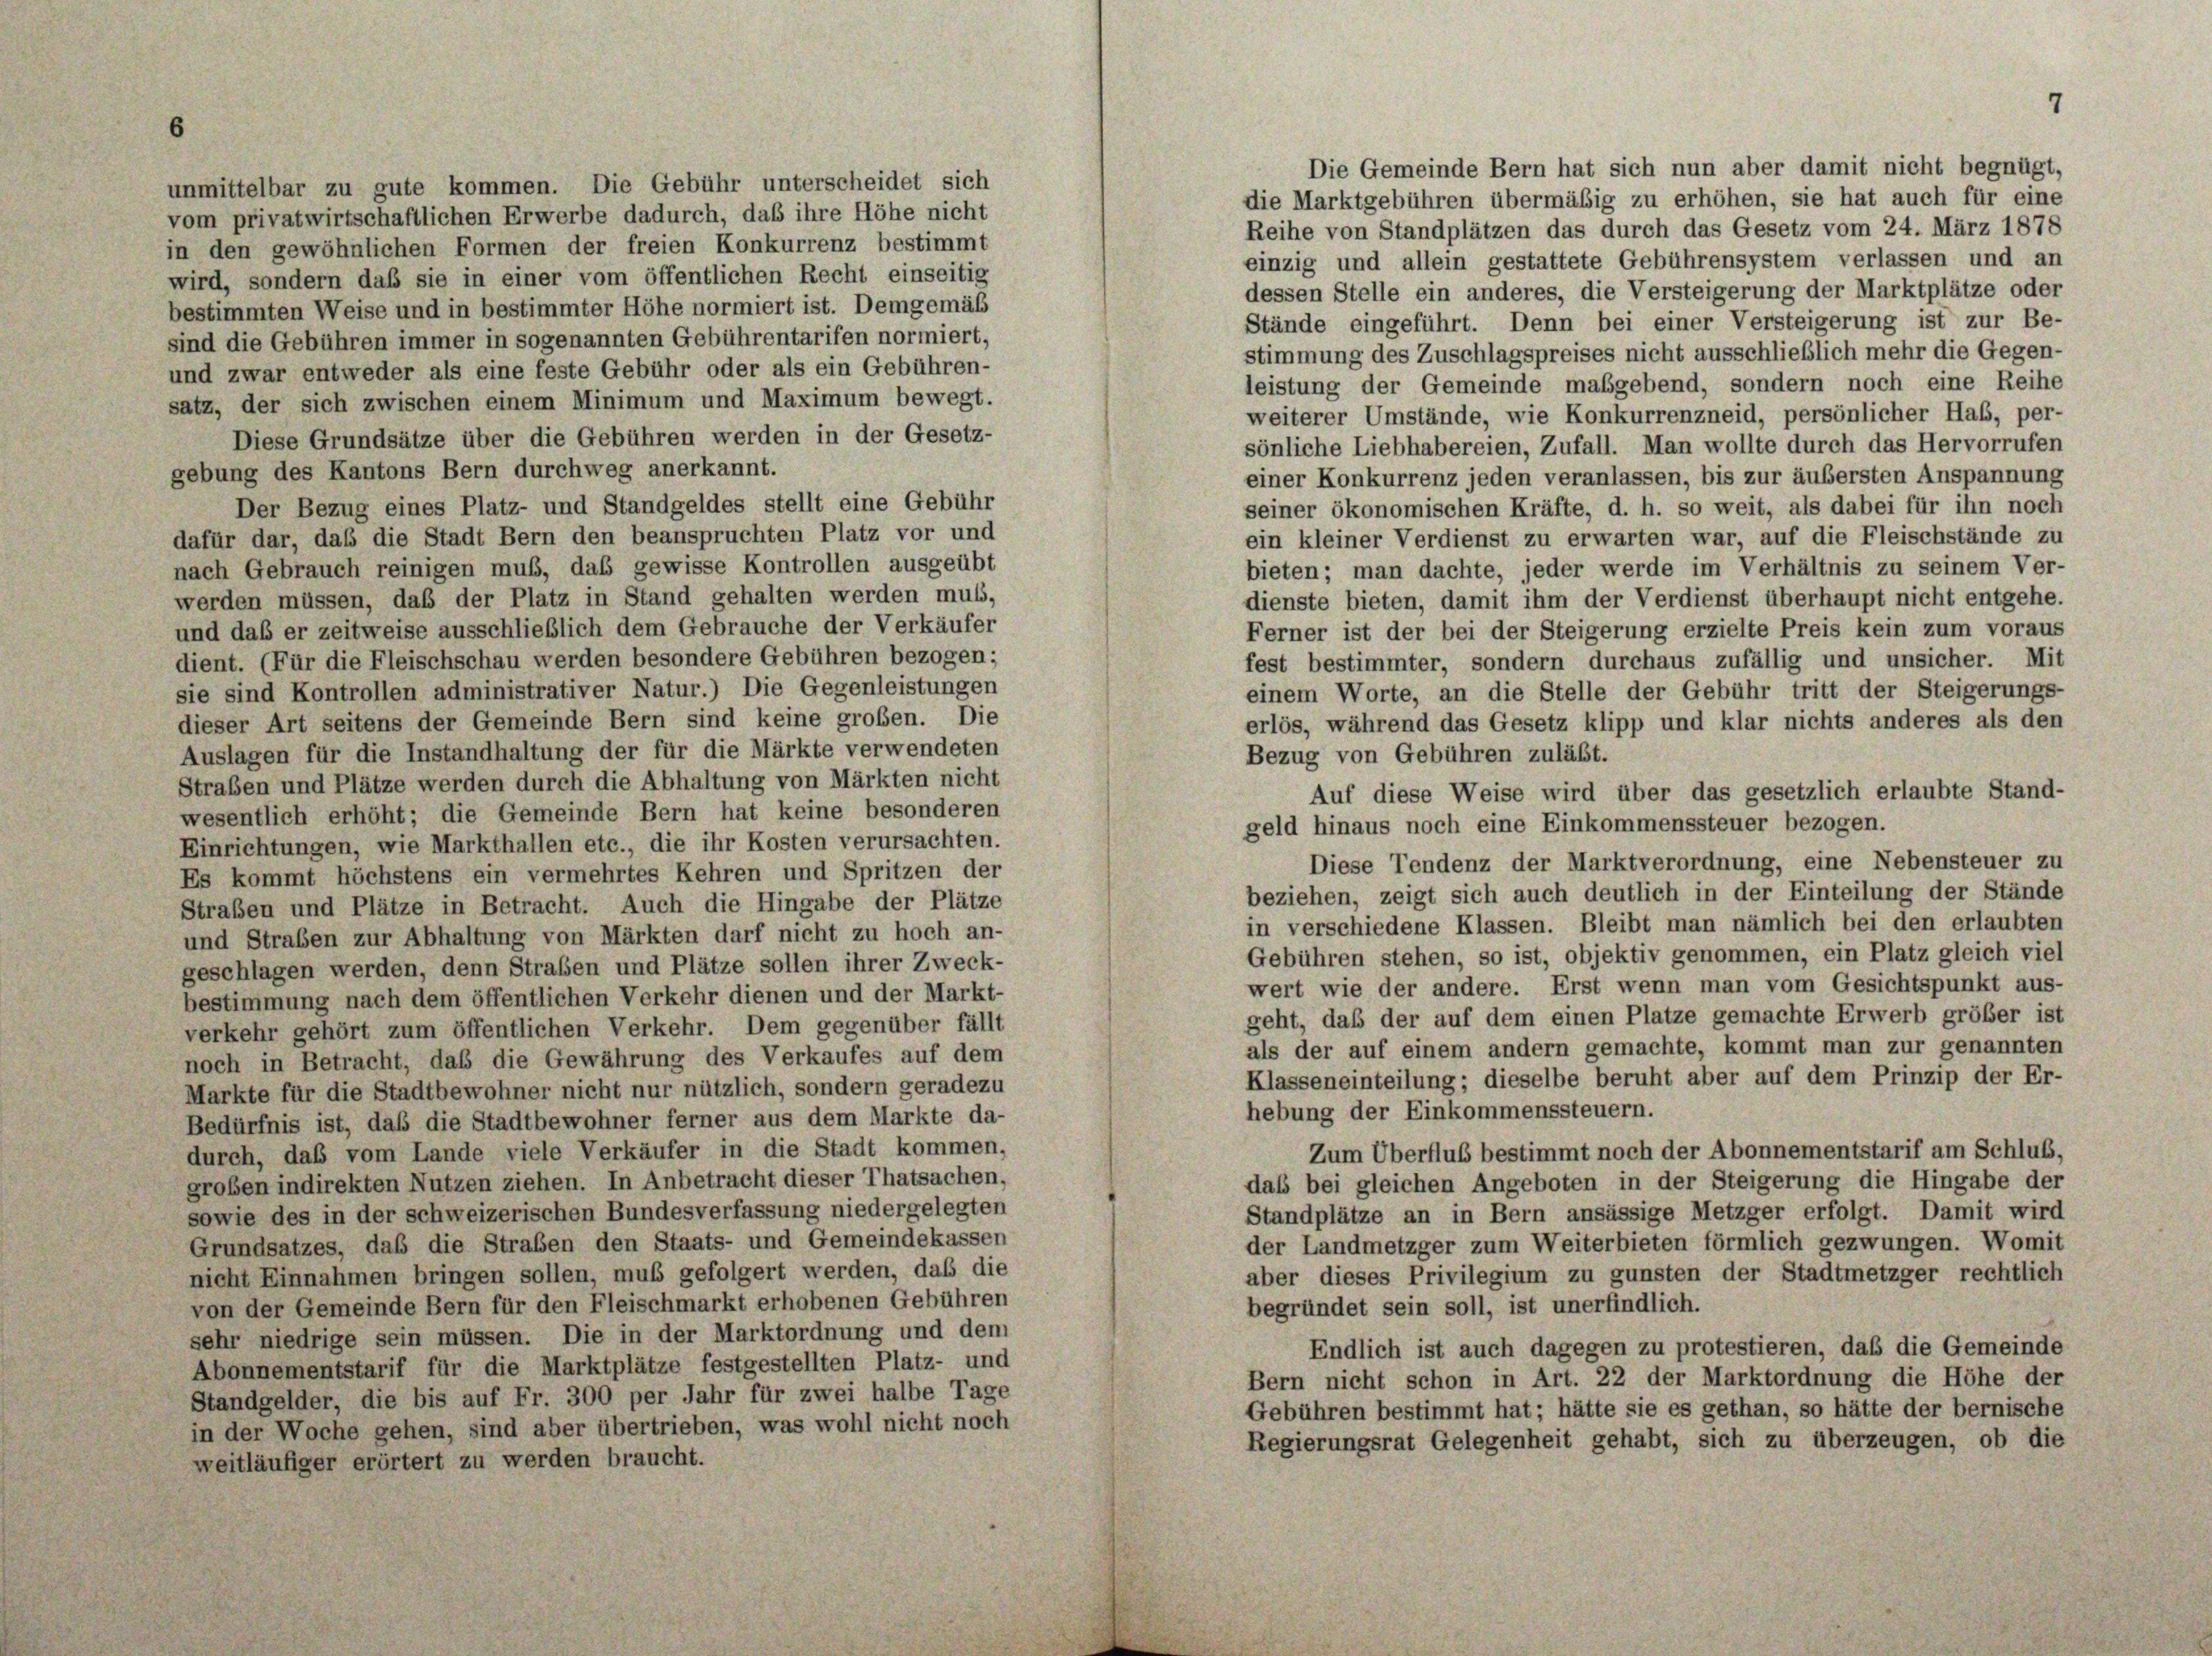
Die Gemeinde Bern hat sich nun aber damit nicht begnügt,
unmittelbar zu gute kommen. Die Gebühr unterscheidet sich
die Marktgebühren übermäßig zu erhöhen, sie hat auch für eine
vom privatwirtschaftlichen Erwerbe dadurch, daß ihre Höhe nicht
Reihe von Standplätzen das durch das Gesetz vom 24. März 1878
in den gewöhnlichen Formen der freien Konkurrenz bestimmt
einzig und allein gestattete Gebührensystem verlassen und an
wird, sondern daß sie in einer vom öffentlichen Recht einseitig
dessen Stelle ein anderes, die Versteigerung der Marktplätze oder
bestimmten Weise und in bestimmter Höhe normiert ist. Demgemäß
Stände eingeführt. Denn bei einer Versteigerung ist zur Be-
sind die Gebühren immer in sogenannten Gebührentarifen normiert,
stimmung des Zuschlagspreises nicht ausschließlich mehr die Gegen-
und zwar entweder als eine feste Gebühr oder als ein Gebühren-
leistung der Gemeinde maßgebend, sondern noch eine Reihe
satz, der sich zwischen einem Minimum und Maximum bewegt.
weiterer Umstände, wie Konkurrenzneid, persönlicher Habs, per-
Diese Grundsätze über die Gebühren werden in der Gesetz-
sönliche Liebhabereien, Zufall. Man wollte durch das Hervorrufen
gebung des Kantons Bern durchweg anerkannt.
einer Konkurrenz jeden veranlassen, bis zur äußersten Anspannung
Der Bezug eines Platz- und Standgeldes stellt eine Gebühr
seiner ökonomischen Kräfte, d. h. so weit, als dabei für ihn noch
dafür dar, daß die Stadt Bern den beanspruchten Platz vor und
ein kleiner Verdienst zu erwarten war, auf die Fleischstände zu
nach Gebrauch reinigen muß, das gewisse Kontrollen ausgeübt
bieten; man dachte, jeder werde im Verhältnis zu seinem Ver-
werden müssen, daß der Platz in Stand gehalten werden muss,
dienste bieten, damit ihm der Verdienst überhaupt nicht entgehe.
und daß er zeitweise ausschließlich dem Gebrauche der Verkäufer
Ferner ist der bei der Steigerung erzielte Preis kein zum voraus
dient. (Für die Fleischschau werden besondere Gebühren bezogen;
fest bestimmter, sondern durchaus zufällig und unsicher. Mit
sie sind Kontrollen administrativer Natur.) Die Gegenleistungen
einem Worte, an die Stelle der Gebühr tritt der Steigerungs-
dieser Art seitens der Gemeinde Bern sind keine großen. Die
erlös, während das Gesetz klipp und klar nichts anderes als den
Auslagen für die Instandhaltung der für die Märkte verwendeten
Bezug von Gebühren zuläßt.
Straßen und Plätze werden durch die Abhaltung von Märkten nicht
Auf diese Weise wird über das gesetzlich erlaubte Stand-
wesentlich erhöht; die Gemeinde Bern hat keine besonderen
geld hinaus noch eine Einkommenssteuer bezogen.
Einrichtungen, wie Markthallen etc., die ihr Kosten verursachten.
Diese Tendenz der Marktverordnung, eine Nebensteuer zu
Es kommt höchstens ein vermehrtes Kehren und Spritzen der
beziehen, zeigt sich auch deutlich in der Einteilung der Stände
Straben und Plätze in Betracht. Auch die Hingabe der Plätze
in verschiedene Klassen. Bleibt man nämlich bei den erlaubten
und Straben zur Abhaltung von Märkten darf nicht zu hoch an-
Gebühren stehen, so ist, objektiv genommen, ein Platz gleich viel
geschlagen werden, denn Straßen und Plätze sollen ihrer Zweck-
wert wie der andere. Erst wenn man vom Gesichtspunkt aus-
bestimmung nach dem öffentlichen Verkehr dienen und der Markt-
geht, daß der auf dem einen Platze gemachte Erwerb größer ist
verkehr gehört zum öffentlichen Verkehr. Dem gegenüber fällt
als der auf einem andern gemachte, kommt man zur genannten
noch in Betracht, daß die Gewährung des Verkaufes auf dem
Klasseneinteilung; dieselbe beruht aber auf dem Prinzip der Er-
Markte für die Stadtbewohner nicht nur nützlich, sondern geradezu
hebung der Einkommenssteuern.
Bedürfnis ist, daß die Stadtbewohner ferner aus dem Markte da-
Zum Überfluß bestimmt noch der Abonnementstarif am Schluß,
durch, daß vom Lande viele Verkäufer in die Stadt kommen,
groben indirekten Nutzen ziehen. In Anbetracht dieser Thatsachen,
daß bei gleichen Angeboten in der Steigerung die Hingabe der
sowie des in der schweizerischen Bundesverfassung niedergelegten
Standplätze an in Bern ansässige Metzger erfolgt. Damit wird
der Landmetzger zum Weiterbieten förmlich gezwungen. Womit
Grundsatzes, daß die Straben den Staats- und Gemeindekassen
nicht Einnahmen bringen sollen, muß gefolgert werden, daß die
aber dieses Privilegium zu gunsten der Stadtmetzger rechtlich
von der Gemeinde Bern für den Fleischmarkt erhobenen Gebühren
begründet sein soll, ist unerfindlich.
sehr niedrige sein müssen. Die in der Marktordnung und dem
Endlich ist auch dagegen zu protestieren, daß die Gemeinde
Abonnementstarif für die Marktplätze festgestellten Platz- und
Bern nicht schon in Art. 22 der Marktordnung die Höhe der
Standgelder, die bis auf Fr. 300 per Jahr für zwei halbe Tage
Gebühren bestimmt hat; hätte sie es gethan, so hätte der bernische
in der Woche gehen, sind aber übertrieben, was wohl nicht noch
Regierungsrat Gelegenheit gehabt, sich zu überzeugen, ob die
weitläufiger erörtert zu werden braucht.